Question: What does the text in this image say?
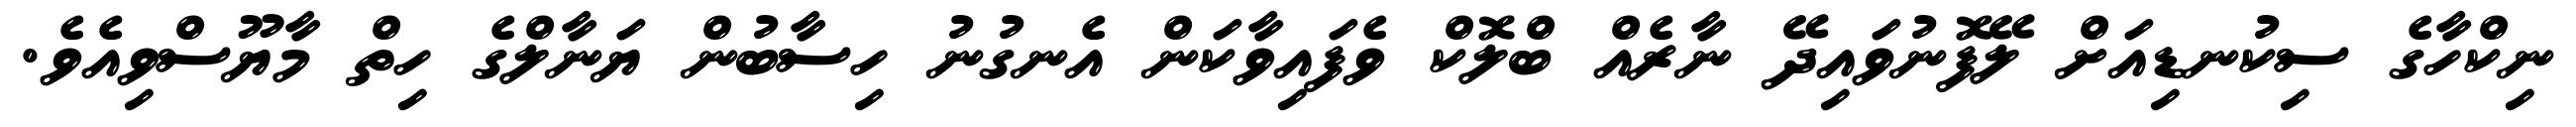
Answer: ނިކްހާގެ ސިކުނޑިއަށް ލޭފޮނުވައިދޭ ނާރެއް ބްލޮކް ވެފައިވާކަން އެނގުނު ހިސާބުން ޔަނާލްގެ ހިތް މާޔޫސްވިއެވެ.